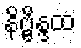
နိဗ္ဗိန္ဒထ